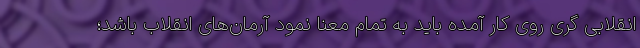
انقلابی گری روی کار آمده باید به تمام معنا نمود آرمان‌های انقلاب باشد؛